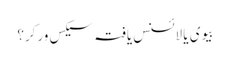
بیوی یا لائسنس یافتہ سیکس ورکر؟